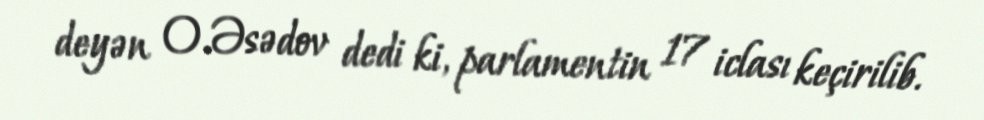
deyən O.Əsədov dedi ki, parlamentin 17 iclası keçirilib.